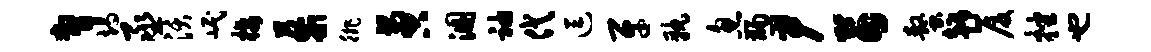
瞥竭丞沃岷栖藜徘啻溷袖代逗牙孰忽蠲尹苗螯趣厦挫也